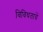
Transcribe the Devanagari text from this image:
विविधतायें